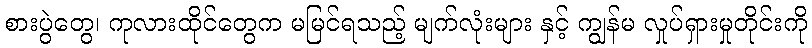
စားပွဲတွေ၊ ကုလားထိုင်တွေက မမြင်ရသည့် မျက်လုံးများ နှင့် ကျွန်မ လှုပ်ရှားမှုတိုင်းကို